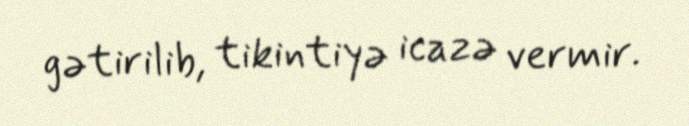
gətirilib, tikintiyə icazə vermir.